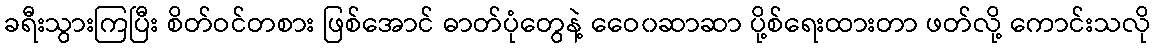
ခရီးသွားကြပြီး စိတ်ဝင်တစား ဖြစ်အောင် ဓာတ်ပုံတွေနဲ့ ဝေေ၀ဆာဆာ ပို့စ်ရေးထားတာ ဖတ်လို့ ကောင်းသလို